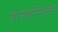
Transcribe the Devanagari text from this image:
यास्कनिरुक्त